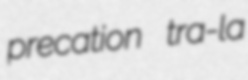
precation tra-la